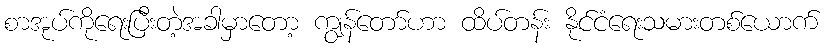
စာအုပ်ကိုရေးပြီးတဲ့အခါမှာတော့ ကျွန်တော်ဟာ ထိပ်တန်း နိုင်ငံရေးသမားတစ်ယောက်